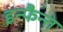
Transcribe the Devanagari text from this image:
इन्फैन्त